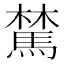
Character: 𩤆